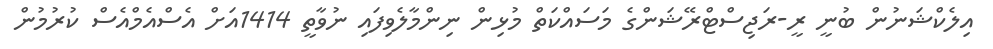
އިލެކްޝަނުން ބުނީ ރީ-ރަޖިސްޓްރޭޝަންގެ މަސައްކަތް މުޅިން ނިންމާލެވިފައި ނުވާތީ 1414އަށް އެސްއެމްއެސް ކުރުމުން